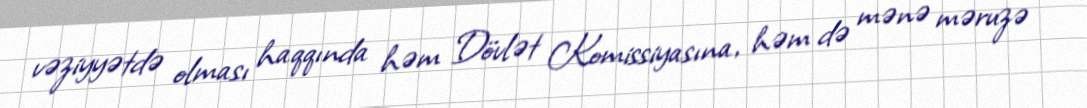
vəziyyətdə olması haqqında həm Dövlət Komissiyasına, həm də mənə məruzə